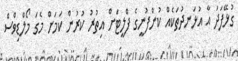
ގުޅޭފަދަ އާ އުޅަނދުތަކެއް ކުންފުނީގެ ފްލީޓަށް އިތުރު ކުރުން ކަމަށް މެގަ މޯލްޑިވްސް